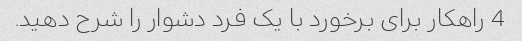
4 راهکار برای برخورد با یک فرد دشوار را شرح دهید.